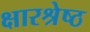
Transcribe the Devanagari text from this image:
क्षारश्रेष्ठ